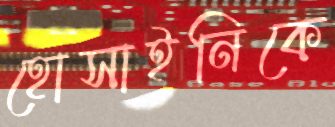
হোসাইনিকে